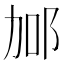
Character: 𨚧